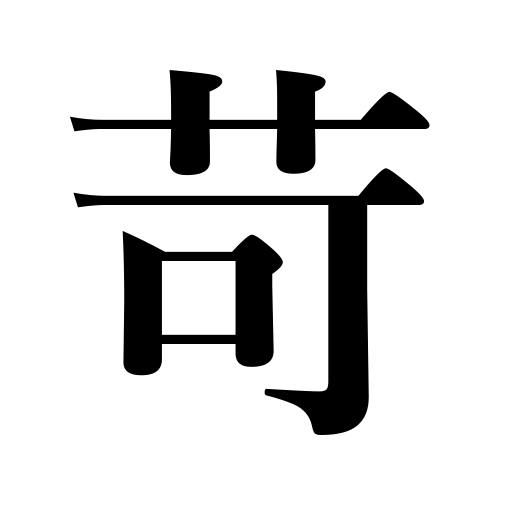
Meanings: torment,scold,chastise